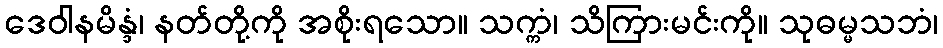
ဒေဝါနမိန္ဒံ၊ နတ်တို့ကို အစိုးရသော။ သက္ကံ၊ သိကြားမင်းကို။ သုဓမ္မသဘံ၊